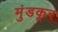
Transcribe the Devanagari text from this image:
मुंडकूर